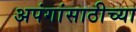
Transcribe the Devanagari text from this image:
अपंगांसाठीच्या